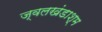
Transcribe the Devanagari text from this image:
ज्वलखंडाश्म